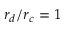
r _ { d } / r _ { c } = 1